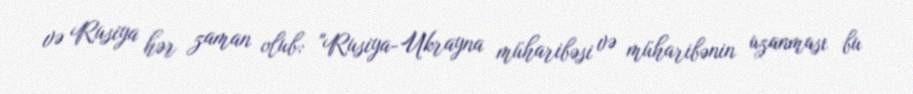
və Rusiya hər zaman olub: "Rusiya-Ukrayna müharibəsi və müharibənin uzanması bu